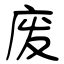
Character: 废